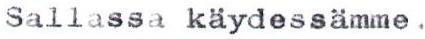
Sallassa käydessämme.